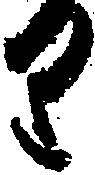
り